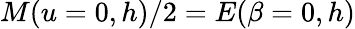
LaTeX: M(u=0,h)/2=E(\beta=0,h)